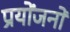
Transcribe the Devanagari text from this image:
प्रयोंजनों